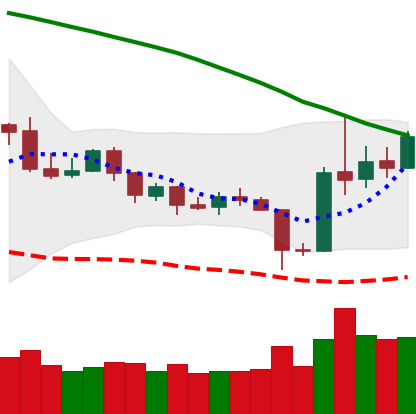
Ticker: ETH-USD
Chart end date: 2019-10-29
Forward return: -4.16%
Label: down_3_5